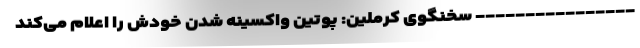
---------------- سخنگوی کرملین: پوتین واکسینه شدن خودش را اعلام می‌کند